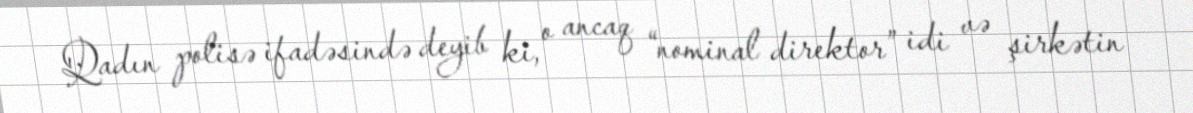
Qadın polisə ifadəsində deyib ki, o ancaq “nominal direktor” idi və şirkətin